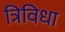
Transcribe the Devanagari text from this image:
त्रिविधा